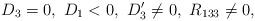
LaTeX: \begin{align*}D_3=0,\ D_1<0,\ D_3'\neq 0,\ R_{133}\neq 0,\end{align*}